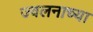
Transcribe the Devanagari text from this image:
ज्वलनाच्या